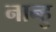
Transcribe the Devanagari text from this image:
नान्हु